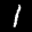
Label: 1